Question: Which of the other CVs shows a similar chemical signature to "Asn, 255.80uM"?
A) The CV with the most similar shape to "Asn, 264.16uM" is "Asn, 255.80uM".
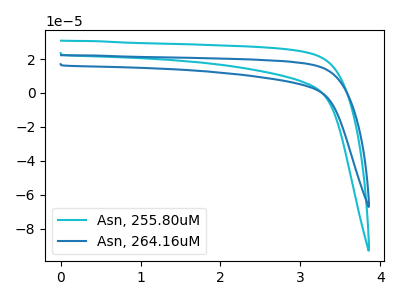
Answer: <think>The cyan curve "Asn, 255.80uM" has no peaks. The blue curve "Asn, 264.16uM" has no peaks.
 Neither "Asn, 255.80uM" or "Asn, 264.16uM" have any peaks.</think>
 <answer>A) The CV with the most similar shape to "Asn, 264.16uM" is "Asn, 255.80uM".</answer>
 <eval>A</eval>